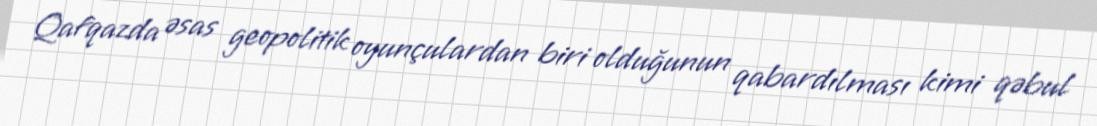
Qafqazda əsas geopolitik oyunçulardan biri olduğunun qabardılması kimi qəbul